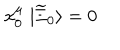
x _ { 0 } ^ { \mu } \; | \widetilde { \Xi } _ { 0 } \rangle = 0 \,